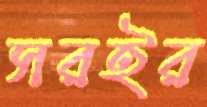
সরইর